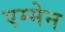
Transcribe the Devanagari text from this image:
एम्मेन